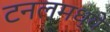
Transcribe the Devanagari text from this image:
टनलमध्ये